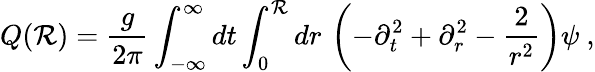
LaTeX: Q(\mathcal{R})=\frac{{g}}{{2\pi}}\int_{-\infty}^{\infty}dt\int_{0}^{\mathcal{R}}dr\, \left(-\partial_{t}^{2}+\partial_{r}^{2}-\frac{{2}}{{r^{2}}}\right)\psi\ ,